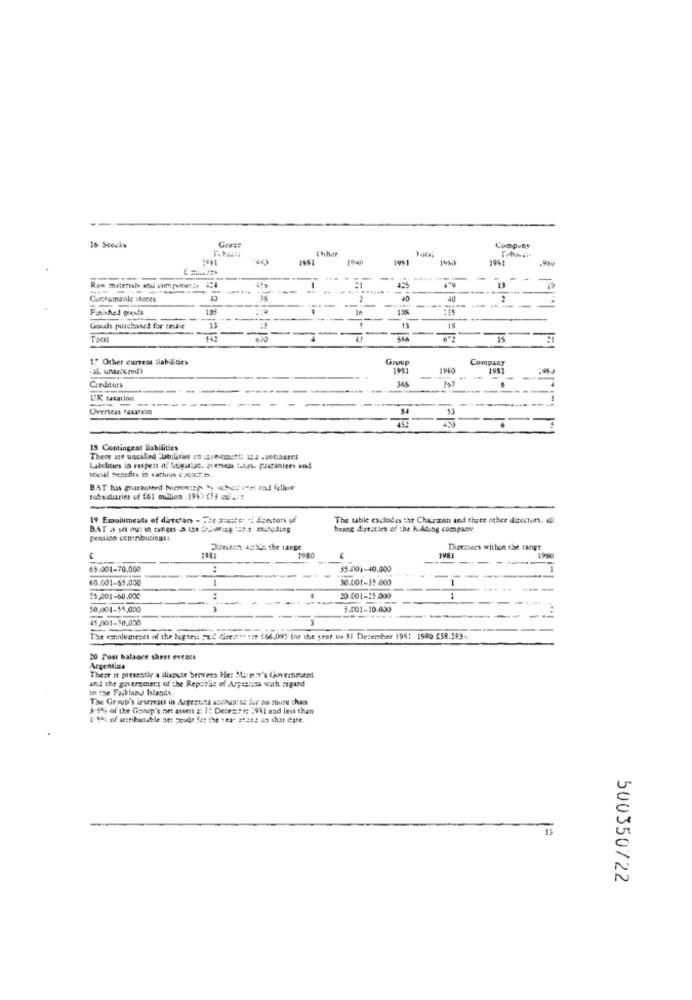
16 Stocks
Comp-By
1961
1040
1001
14%
2941
----
Raw materials and components :4
---
--
425
Cucsumaule stores
----
Finished guests
--
1e
-
Goods purchaset for sesie
-
-
18
Tocal
HET
632
21
1: Other current liabilities
Group
Company
1951
1950
1951
Crediturs
---
--
LIK taxation
-
------
Overseas faxatsio
18 Contingeat Nabilities
There are uncalled :labilities en sveitmacht! 122 .untineent
Labelities in respect of Migasign. grenseis tahri. purgantees and
social benefits in variuus cadstr.s.
BAT has guaracreed borrowisp by wche:1-rad fellow
subsidiaries of [61 million .196> [F =Uu/#
19 Emoluments of dirtstan - The ascent ! Soeters uf
The table esclades the Chitransh and three other directors. All
buing directws of the hiking comparw
pension contributionss.
Dienuten apthis the range
Direzsers within the range
1981
65.001-70.000
:
35.001-40.000
60.001-65.000
1
10.001-15.000
55,001-60.000
20.001-15,000
50,001-$5,000
3
5.001-10.000
--
15.001-10.000
The caniumeses of the higses "Ed disease tre 566,095 Ine the year to 31 December 1991 1980 258.343.
20 Post balance sheet evcats
Argentina
There n pressatly a dispute bergers He: Man x's (hovemment
and the government of the Republic of Acgeanias with regard
In the Faikland Islands,
The Group's interests in Argentina account se for ao muru than
3-Se of the Gooop's net assens &: ]: Decesser: 19%1 and less than
1. Se) of secrihetable net peudt for the ves- stand on that date.
13
500350722